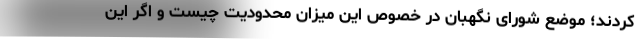
کردند؛ موضع شورای نگهبان در خصوص این میزان محدودیت چیست و اگر این